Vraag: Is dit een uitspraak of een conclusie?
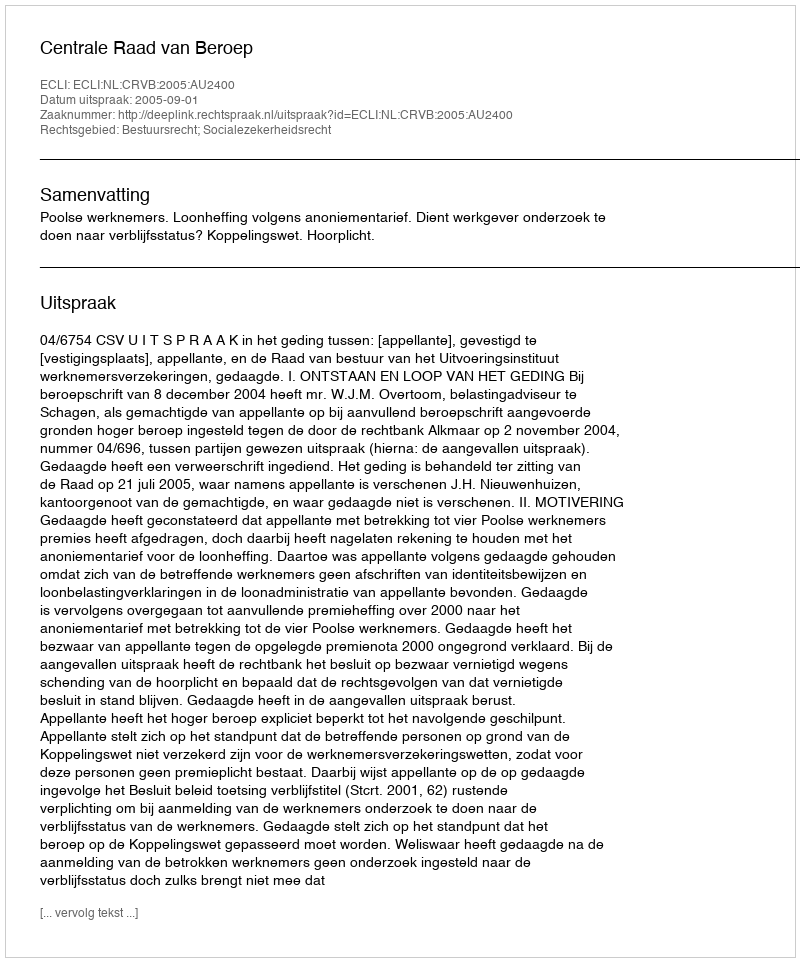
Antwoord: Uitspraak